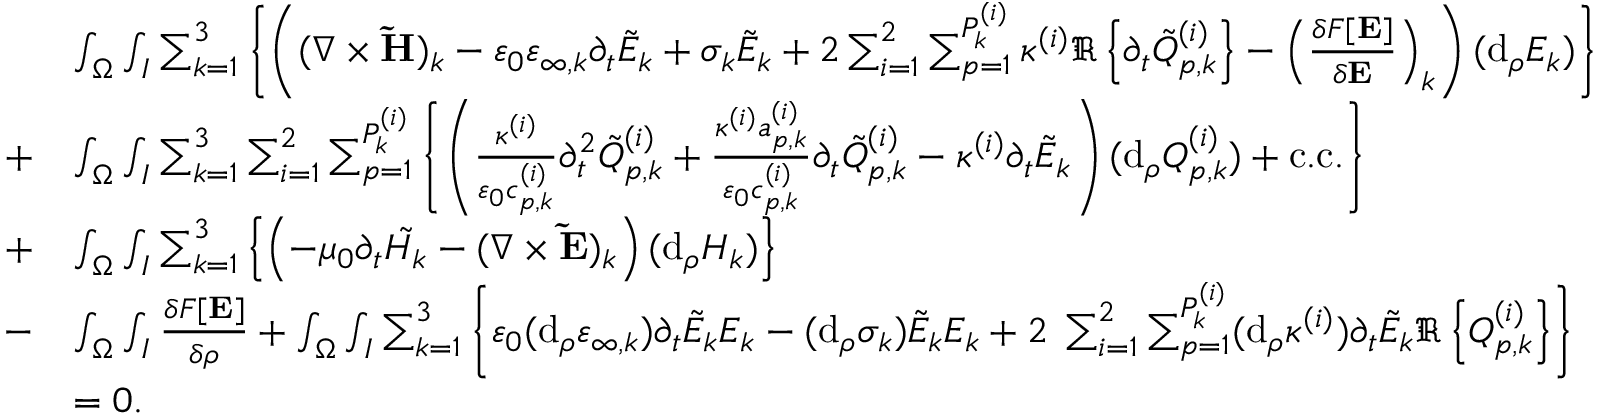
\begin{array} { r l } & { \int _ { \Omega } \int _ { I } \sum _ { k = 1 } ^ { 3 } \left\{ \left( ( \nabla \times \mathbf { \tilde { H } } ) _ { k } - \varepsilon _ { 0 } \varepsilon _ { \infty , k } \partial _ { t } \tilde { E } _ { k } + \sigma _ { k } \tilde { E } _ { k } + 2 \sum _ { i = 1 } ^ { 2 } \sum _ { p = 1 } ^ { P _ { k } ^ { ( i ) } } \kappa ^ { ( i ) } \Re \left\{ \partial _ { t } \tilde { Q } _ { p , k } ^ { ( i ) } \right\} - \left( \frac { \delta F [ \mathbf { E } ] } { \delta \mathbf { E } } \right) _ { k } \right) ( \mathrm { d } _ { \rho } E _ { k } ) \right\} } \\ { + } & { \int _ { \Omega } \int _ { I } \sum _ { k = 1 } ^ { 3 } \sum _ { i = 1 } ^ { 2 } \sum _ { p = 1 } ^ { P _ { k } ^ { ( i ) } } \left\{ \left( \frac { \kappa ^ { ( i ) } } { \varepsilon _ { 0 } c _ { p , k } ^ { ( i ) } } \partial _ { t } ^ { 2 } \tilde { Q } _ { p , k } ^ { ( i ) } + \frac { \kappa ^ { ( i ) } a _ { p , k } ^ { ( i ) } } { \varepsilon _ { 0 } c _ { p , k } ^ { ( i ) } } \partial _ { t } \tilde { Q } _ { p , k } ^ { ( i ) } - \kappa ^ { ( i ) } \partial _ { t } \tilde { E } _ { k } \right) ( \mathrm { d } _ { \rho } Q _ { p , k } ^ { ( i ) } ) + \mathrm { c . c . } \right\} } \\ { + } & { \int _ { \Omega } \int _ { I } \sum _ { k = 1 } ^ { 3 } \left\{ \left( - \mu _ { 0 } \partial _ { t } \tilde { H _ { k } } - ( \nabla \times \mathbf { \tilde { E } } ) _ { k } \right) ( \mathrm { d } _ { \rho } H _ { k } ) \right\} } \\ { - } & { \int _ { \Omega } \int _ { I } \frac { \delta F [ \mathbf { E } ] } { \delta \rho } + \int _ { \Omega } \int _ { I } \sum _ { k = 1 } ^ { 3 } \left\{ \varepsilon _ { 0 } ( \mathrm { d } _ { \rho } \varepsilon _ { \infty , k } ) \partial _ { t } \tilde { E } _ { k } E _ { k } - ( \mathrm { d } _ { \rho } \sigma _ { k } ) \tilde { E } _ { k } E _ { k } + 2 \; \sum _ { i = 1 } ^ { 2 } \sum _ { p = 1 } ^ { P _ { k } ^ { ( i ) } } ( \mathrm { d } _ { \rho } \kappa ^ { ( i ) } ) \partial _ { t } \tilde { E } _ { k } \Re \left\{ Q _ { p , k } ^ { ( i ) } \right\} \right\} } \\ & { = 0 . } \end{array}